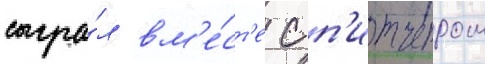
сыгра́л вм'е́ст'е с п'итчером